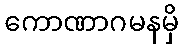
ကောဏာဂမနမှိ